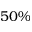
5 0 \%